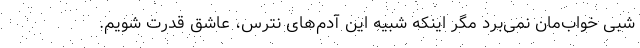
شبی خواب‌مان نمی‌برد مگر اینکه شبیه این آدم‌های نترس، عاشق قدرت شویم.